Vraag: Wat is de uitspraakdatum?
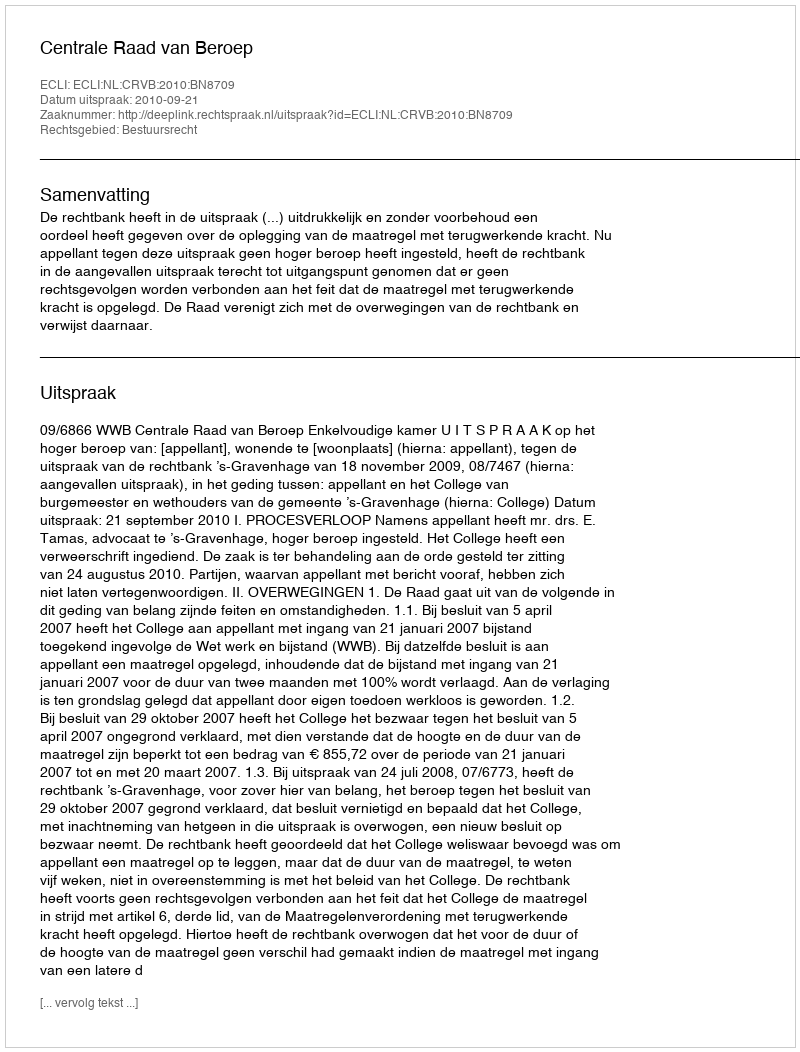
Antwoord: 2010-09-21